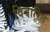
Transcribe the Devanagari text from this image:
विदारित